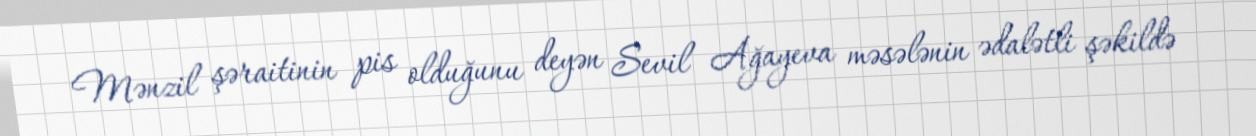
Mənzil şəraitinin pis olduğunu deyən Sevil Ağayeva məsələnin ədalətli şəkildə